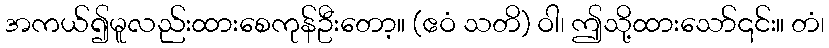
အကယ်၍မူလည်းထားစေကုန်ဦးတော့။ (ဧဝံ သတိ) ဝါ၊ ဤသို့ထားသော်၎င်း။ တံ၊